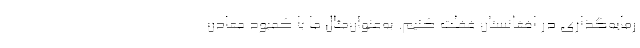
رمایه‌گذاری در افغانستان غفلت کنیم. به‌عنوان‌مثال ما با کمبود معادن